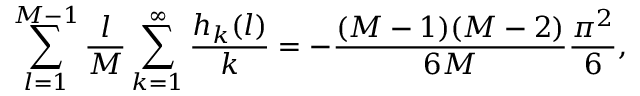
\sum _ { l = 1 } ^ { M - 1 } { \frac { l } { M } } \sum _ { k = 1 } ^ { \infty } { \frac { h _ { k } ( l ) } { k } } = - { \frac { ( M - 1 ) ( M - 2 ) } { 6 M } } { \frac { \pi ^ { 2 } } { 6 } } ,